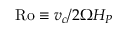
\mathrm { R o } \equiv v _ { c } / 2 \Omega H _ { P }